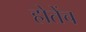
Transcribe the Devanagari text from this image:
होतेंच